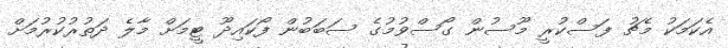
އެކަމަކު މެޗު ފަސްކުރީ މޫސުން ގޯސްވުމުގެ ސަބަބުން ފޯކައިދޫ ޓީމަށް މާލެ ދަތުރުކުރުމަށް